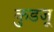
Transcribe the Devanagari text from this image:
कुडजू